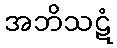
အဘိသဋံ